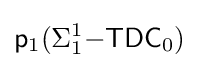
{\mathsf {p}}_{1}(\Sigma _{1}^{1}{\mathsf {-TDC}}_{0})